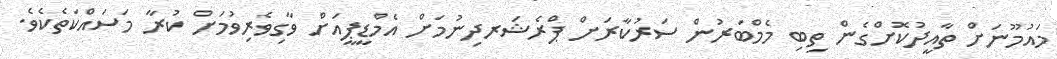
މައުމޫނަށް ތާއީދުކޮށްގެން ތިބި މެމްބަރުން ސަރުކާރަށް ޕްރެޝަރދިނުމަށް އެމްޑީޕީއަށް ވާގިވެރިވުމަށް ކުރާ މަސައްކަތެކެވެ.